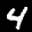
Label: 4